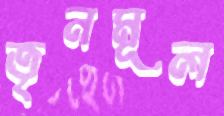
তৃনমূল